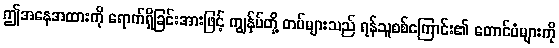
ဤအနေအထားကို ရောက်ရှိခြင်းအားဖြင့် ကျွန်ုပ်တို့ တပ်များသည် ရန်သူစစ်ကြောင်း၏ တောင်ပံများကို